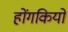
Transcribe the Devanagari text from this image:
होंगकियो